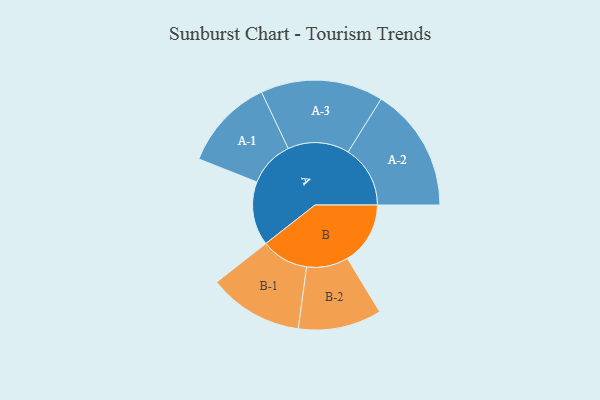
{"axis": {"x": "Segment", "y": "Value"}, "legend": ["", "A", "B"], "data": [{"x": "A", "y": 250, "type": ""}, {"x": "B", "y": 246, "type": ""}, {"x": "A-1", "y": 180, "type": "A"}, {"x": "A-2", "y": 243, "type": "A"}, {"x": "A-3", "y": 240, "type": "A"}, {"x": "B-1", "y": 185, "type": "B"}, {"x": "B-2", "y": 163, "type": "B"}]}